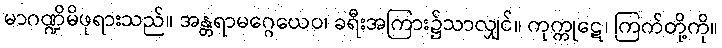
မာဂဏ္ဍိမိဖုရားသည်။ အန္တရာမဂ္ဂေယေဝ၊ ခရီးအကြား၌သာလျှင်။ ကုက္ကုဋေ၊ ကြက်တို့ကို။